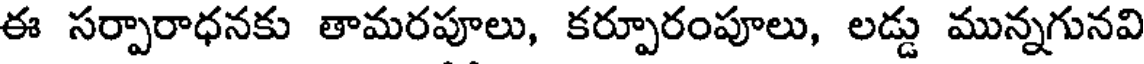
ఈ సర్పారాధనకు తామరపూలు, కర్పూరంపూలు, లడ్డు మున్నగునవి